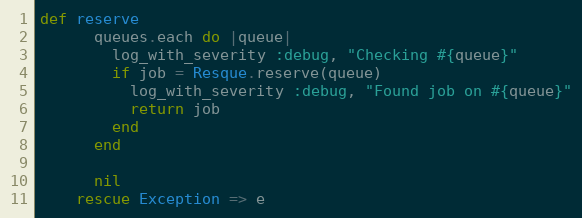
Language: Ruby
def reserve
      queues.each do |queue|
        log_with_severity :debug, "Checking #{queue}"
        if job = Resque.reserve(queue)
          log_with_severity :debug, "Found job on #{queue}"
          return job
        end
      end

      nil
    rescue Exception => e